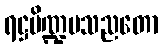
ရဋ္ဌပိဏ္ဍမသညတော